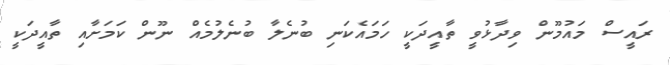
ރައީސް މައުމޫން ވިދާޅުވީ ތާއީދަކީ ހަމައެކަނި ބުނެލާ ބުނެލުމެއް ނޫން ކަމަށާއި ތާއީދަކީ